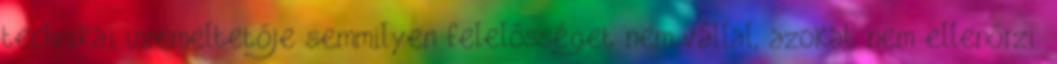
technikai üzemeltetője semmilyen felelősséget nem vállal, azokat nem ellenőrzi.